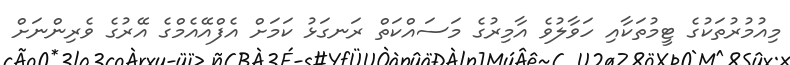
މިއުމުރުތަކުގެ ޓީމުތަކާއި ހަވާލުވެ އާމިރުގެ މަސައްކަތް ރަނގަޅު ކަމަށް އެފްއޭއެމްގެ އޭރުގެ ވެރިންނަށް